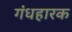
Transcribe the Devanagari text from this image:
गंधहारक